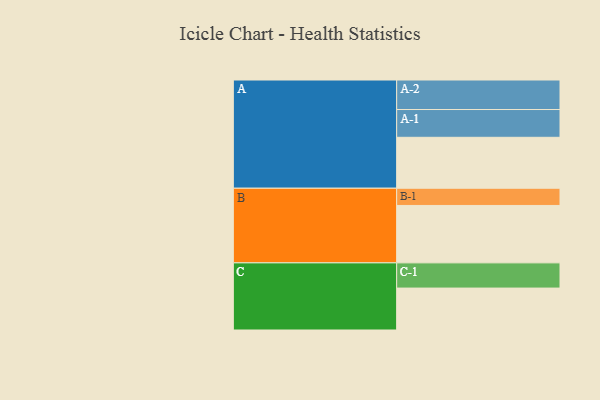
{"axis": {"x": "Segment", "y": "Value"}, "legend": ["", "A", "B", "C"], "data": [{"x": "A", "y": 497, "type": ""}, {"x": "B", "y": 560, "type": ""}, {"x": "C", "y": 409, "type": ""}, {"x": "A-1", "y": 271, "type": "A"}, {"x": "A-2", "y": 288, "type": "A"}, {"x": "B-1", "y": 168, "type": "B"}, {"x": "C-1", "y": 246, "type": "C"}]}